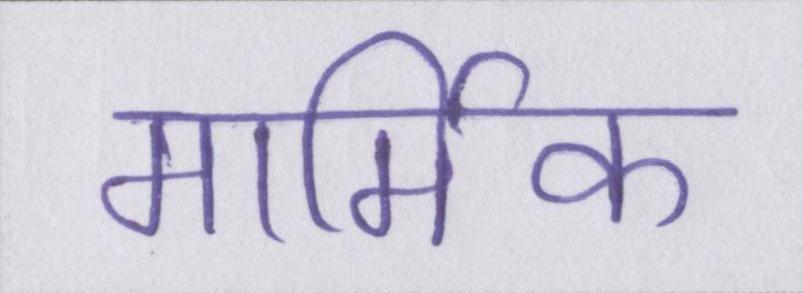
मार्मिक